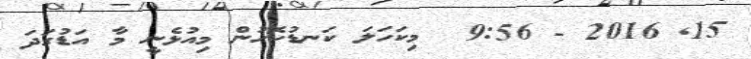
15